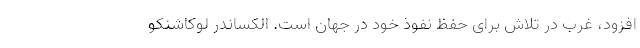
افزود، غرب در تلاش برای حفظ نفوذ خود در جهان است. الکساندر لوکاشنکو